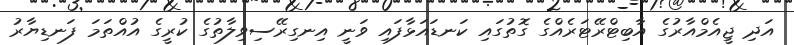
އަދި ޖީއެމްއާރުގެ އާބިޓްރޭޓަރެއްގެ ގޮތުގައި ކަނޑައަޅާފައި ވަނީ އިނގިރޭސިވިލާތުގެ ކުރީގެ އުއްތަމަ ފަނޑިޔާރު